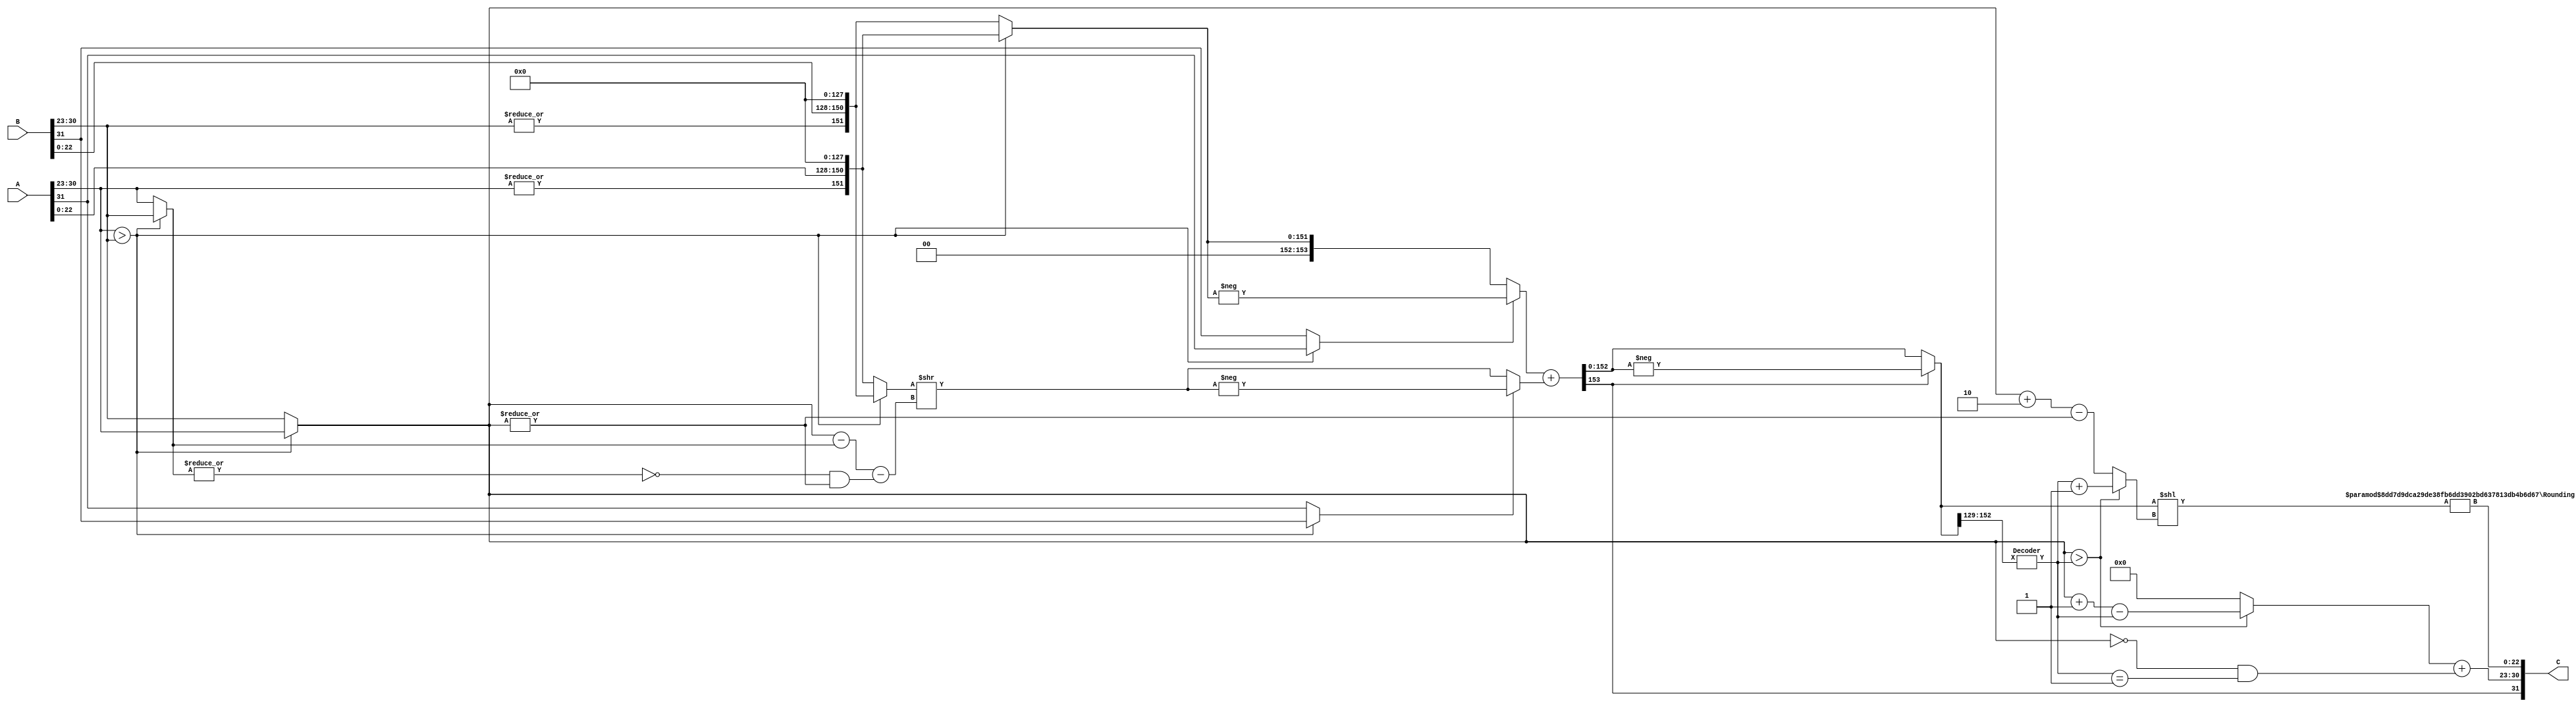
module adder (input [31:0] A, input [31:0] B, output [31:0] C);

wire SignA = A[31];
wire SignB = B[31];
wire [7:0]ExpA = A[30:23];
wire [7:0]ExpB = B[30:23];
wire [22:0]ManA = A[22:0];
wire [22:0]ManB = B[22:0];
wire X;
assign  X = (ExpA > ExpB);
wire [7:0]ExpH;
assign ExpH = X?ExpA:ExpB;
wire [7:0]ExpL;
assign ExpL = ~X?ExpA:ExpB;
wire SignH;
assign SignH = X?SignA:SignB;
wire SignL;
assign SignL = ~X?SignA:SignB;
wire [153:0]ManAD = {1'b0, 1'b0, |ExpA, ManA, 128'b0};
wire [153:0]ManBD = {1'b0, 1'b0, |ExpB, ManB, 128'b0};
wire [153:0]ManH;
assign ManH = X?ManAD:ManBD;
wire [153:0]ManL;
assign ManL = ~X?ManAD:ManBD;
wire [153:0]ManLK;
assign ManLK = ManL >> (ExpH-ExpL-({7'd0, (~|ExpL)&(|ExpH)}));
wire [153:0]ManLKS;
assign ManLKS = SignL?(-ManLK):ManLK;
wire [153:0]ManHS;
assign ManHS = SignH?(-ManH):ManH;
wire [153:0]ManCR;
assign ManCR = ManHS + ManLKS;
wire SignC = ManCR[153];
wire [153:0]ManCS;
assign ManCS = SignC?(-ManCR):ManCR;
wire [152:0]ManCA = ManCS[152:0];
wire [7:0]M;
wire [23:0]ManF = ManCA[152:129];
Decoder Decoder ( .X(ManF), .Y(M));
wire U;
assign U = (ExpH > M);
wire [7:0]S;
assign S = U?(M+1):(ExpH + 8'd2 - ({7'd0, (|ExpH)}));
wire [152:0]ManCD;
assign ManCD = ManCA << S;
wire [7:0]ExpC;
assign ExpC = (U?(ExpH+1-M):8'd0) + ((ExpH == 8'd0)&(M == 8'd1));
wire [22:0]ManC;
Rounding  #( .N(153), .P(23)) Rounding ( .A(ManCD), .B(ManC));
assign C = {SignC, ExpC, ManC};

endmodule

module Decoder (input [23:0] X, output reg [7:0]Y);

always @(*) begin
    casex (X)
        24'b1xxxxxxxxxxxxxxxxxxxxxxx: Y=8'd0;
        24'b01xxxxxxxxxxxxxxxxxxxxxx: Y=8'd1;
        24'b001xxxxxxxxxxxxxxxxxxxxx: Y=8'd2;
        24'b0001xxxxxxxxxxxxxxxxxxxx: Y=8'd3;
        24'b00001xxxxxxxxxxxxxxxxxxx: Y=8'd4;
        24'b000001xxxxxxxxxxxxxxxxxx: Y=8'd5;
        24'b0000001xxxxxxxxxxxxxxxxx: Y=8'd6;
        24'b00000001xxxxxxxxxxxxxxxx: Y=8'd7;
        24'b000000001xxxxxxxxxxxxxxx: Y=8'd8;
        24'b0000000001xxxxxxxxxxxxxx: Y=8'd9;
        24'b00000000001xxxxxxxxxxxxx: Y=8'd10;
        24'b000000000001xxxxxxxxxxxx: Y=8'd11;
        24'b0000000000001xxxxxxxxxxx: Y=8'd12;
        24'b00000000000001xxxxxxxxxx: Y=8'd13;
        24'b000000000000001xxxxxxxxx: Y=8'd14;
        24'b0000000000000001xxxxxxxx: Y=8'd15;
        24'b00000000000000001xxxxxxx: Y=8'd16;
        24'b000000000000000001xxxxxx: Y=8'd17;
        24'b0000000000000000001xxxxx: Y=8'd18;
        24'b00000000000000000001xxxx: Y=8'd19;
        24'b000000000000000000001xxx: Y=8'd20;
        24'b0000000000000000000001xx: Y=8'd21;
        24'b00000000000000000000001x: Y=8'd22;
        24'b000000000000000000000001: Y=8'd23;
        24'b000000000000000000000000: Y=8'd24; 
        default: Y=8'd0; 
    endcase
    
end

endmodule

module Rounding #(parameter N = 8, P = 3) (input [N-1:0]A, output [P-1:0] B);
wire list_bit = A[N-P];
wire round_bit = A[N-P-1];
wire sticky_bit = |A[N-P-2:0];
wire [P-1:0] BI = A[N-1:N-P];
reg R;

wire [2:0] LRS = {list_bit, round_bit, sticky_bit};

always @(*) begin
    case (LRS)
        3'b000: R = 1'b0;
        3'b001: R = 1'b0; 
        3'b010: R = 1'b0; 
        3'b011: R = 1'b1; 
        3'b100: R = 1'b0; 
        3'b101: R = 1'b0; 
        3'b110: R = 1'b1; 
        3'b111: R = 1'b1;  
        default: R = 1'b0;
    endcase    
end

assign B = BI+R;

endmodule